Lunatic asylums Punjab 1868-1880 - 1868-1880
Year: 1868
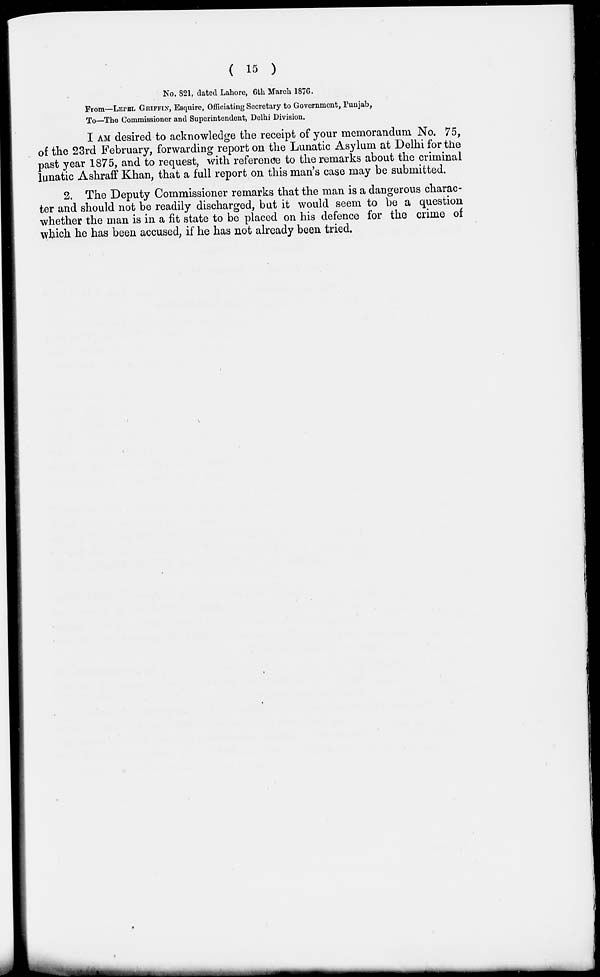
( 15 )
No. 821, dated Lahore, 6th March 1876.
From—LEPEL GRIFFIN, Esquire, Officiating Secretary to Government, Punjab,
To—The Commissioner and Superintendent, Delhi Division.
I AM desired to acknowledge the receipt of your memorandum No. 75,
of the 23rd February, forwarding report on the Lunatic Asylum at Delhi for the
past year 1875, and to request, with reference to the remarks about the criminal
lunatic Ashraff Khan, that a full report on this man's case may be submitted.
2. The Deputy Commissioner remarks that the man is a dangerous charac-
ter and should not be readily discharged, but it would seem to be a question
whether the man is in a fit state to be placed on his defence for the crime of
which he has been accused, if he has not already been tried.